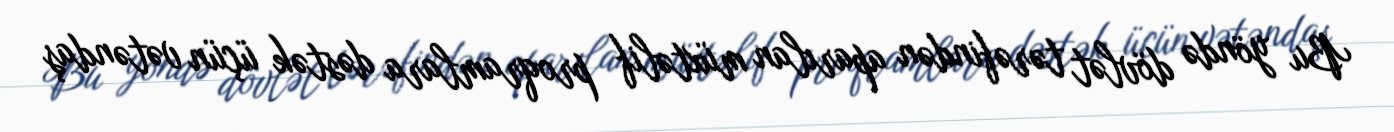
Bu yöndə dövlət tərəfindən aparılan müxtəlif proqramlara dəstək üçün vətəndaş